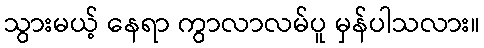
သွားမယ့် နေရာ ကွာလာလမ်ပူ မှန်ပါသလား။